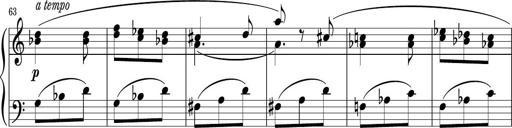
Title: Sonatina PandemÃ³nium
Composer: VÃ­ctor Carbajo
Key: C major